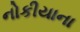
નોકીયાના